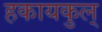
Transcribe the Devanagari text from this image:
हकायकुल्